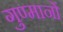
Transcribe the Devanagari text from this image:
गुण्मानों